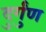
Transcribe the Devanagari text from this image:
दुर्गुंण